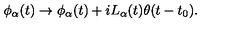
\phi _ { \alpha } ( t ) \to \phi _ { \alpha } ( t ) + i L _ { \alpha } ( t ) \theta ( t - t _ { 0 } ) .